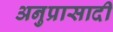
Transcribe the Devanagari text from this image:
अनुप्रासादी